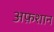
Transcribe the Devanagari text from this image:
अफ़शान